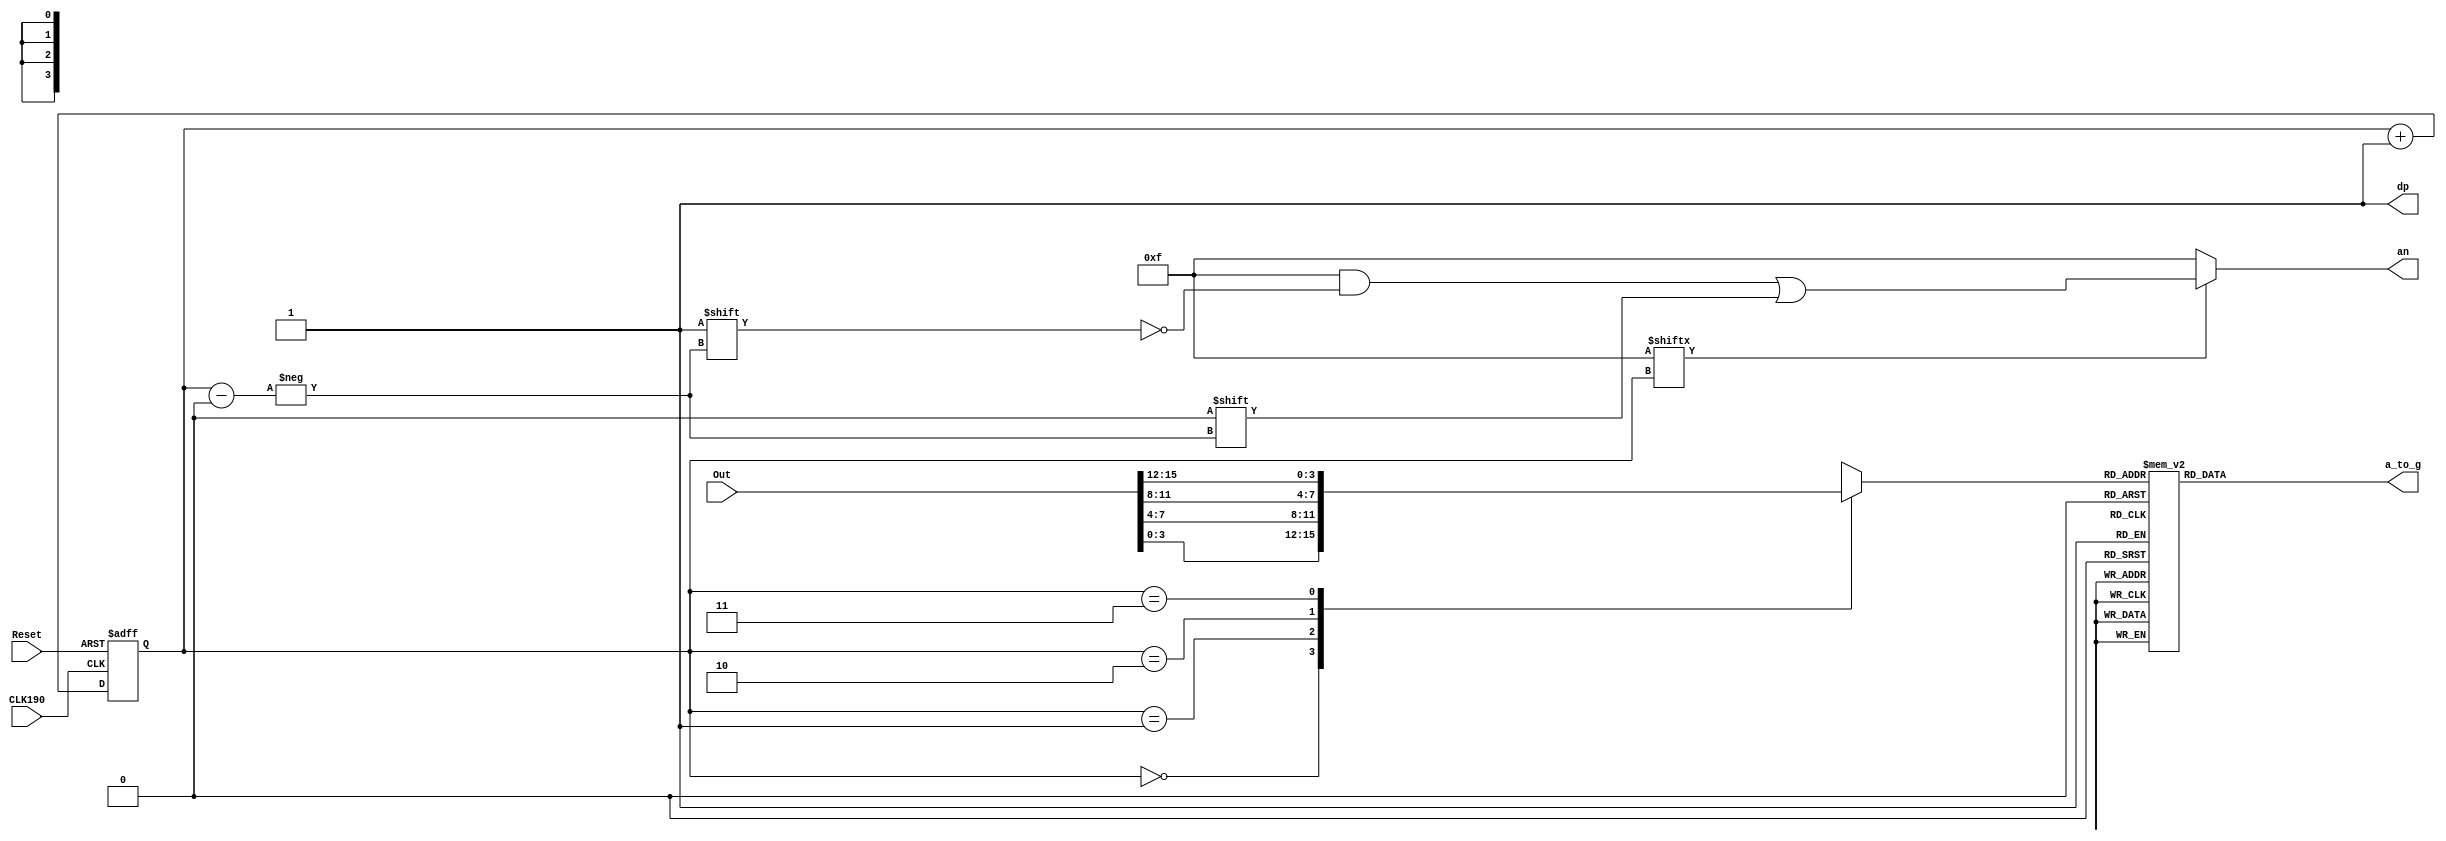
`timescale 1ns / 1ps
//////////////////////////////////////////////////////////////////////////////////
// Company: 
// Engineer: 
// 
// Design Name: 
// Module Name: display
// Project Name: 
// Target Devices: 
// Tool Versions: 
// Description: 
// 
// Dependencies: 
// 
// Revision:
// Revision 0.01 - File Created
// Additional Comments:
// 
//////////////////////////////////////////////////////////////////////////////////

module display(
    input CLK190,
    input Reset,
    input [15:0] Out,
    output reg [6:0] a_to_g,
    output reg [3:0] an,
    output wire dp
);

reg [1:0] wires;
reg [3:0] digit;
wire [3:0] aen;
assign dp=1;

always @(posedge CLK190 or negedge Reset)
begin
     if(Reset==0)
        wires<=0;
     else
        wires<=wires+1;
end

assign aen=4'b1111;

//????7??????????????????4?????
always @(*)
begin
    case(wires)
        0:begin
            digit=Out[3:0];
        end
        1:begin
            digit=Out[7:4];
        end
        2:begin
            digit=Out[11:8];
        end
        3:begin
            digit=Out[15:12];
        end
        default:begin
            digit=Out[3:0];
        end
    endcase
end
// 7?????????????????
always @(*)
case(digit)
0:a_to_g=7'b0000001;
1:a_to_g=7'b1001111;
2:a_to_g=7'b0010010;
3:a_to_g=7'b0000110;
4:a_to_g=7'b1001100;
5:a_to_g=7'b0100100;
6:a_to_g=7'b0100000;
7:a_to_g=7'b0001111;
8:a_to_g=7'b0000000;
9:a_to_g=7'b0000100;
'hA:a_to_g=7'b0001000;
'hB:a_to_g=7'b1100000;
'hC:a_to_g=7'b0110001;
'hD:a_to_g=7'b1000010;
'hE:a_to_g=7'b0110000;
'hF:a_to_g=7'b0111000;
default:a_to_g=7'b1111111;
endcase

always@(*)
begin
   an=4'b1111;
   if(aen[wires]==1)
      an[wires]=0;
end

endmodule